Vaccination in Burma 1912-1922 - 1912-1922
Year: 1912
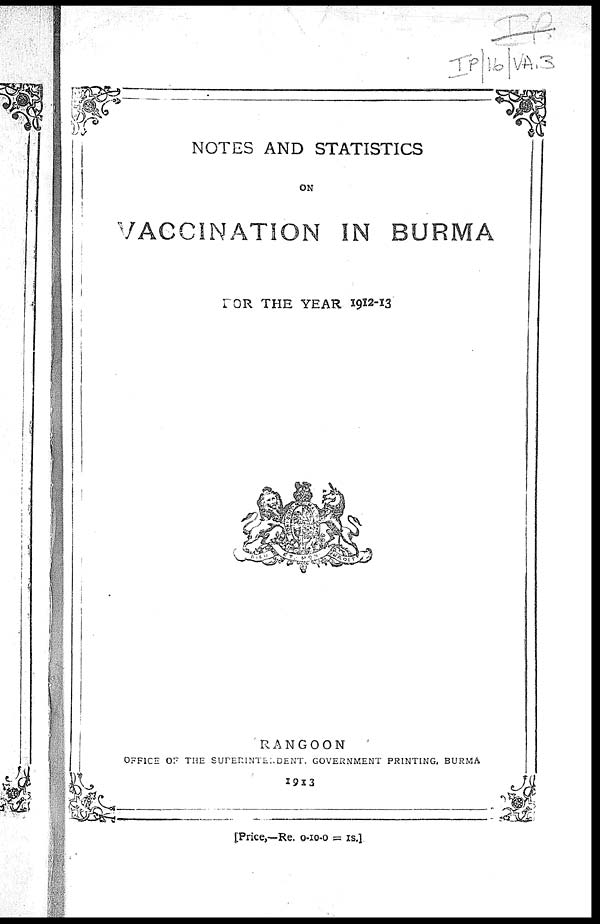
NOTES AND STATISTICS
ON
VACCINATION IN BURMA
FOR THE YEAR 1912-13
RANGOON
OFFICE OF THE SUPERINTENDENT, GOVERNMENT PRINTING, BURMA
1913
[Price,—Re. 0-10-0 = IS.].